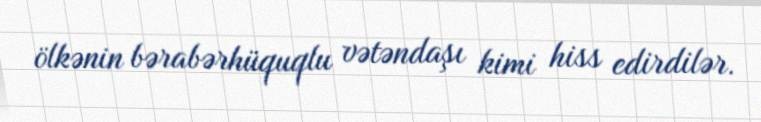
ölkənin bərabərhüquqlu vətəndaşı kimi hiss edirdilər.